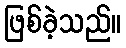
ဖြစ်ခဲ့သည်။